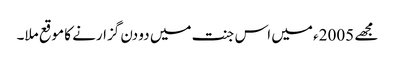
مجھے 2005ء میں اس جنت میں دو دن گزارنے کا موقع ملا۔